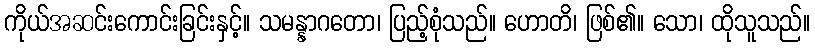
ကိုယ်အဆင်းကောင်းခြင်းနှင့်။ သမန္နာဂတော၊ ပြည့်စုံသည်။ ဟောတိ၊ ဖြစ်၏။ သော၊ ထိုသူသည်။